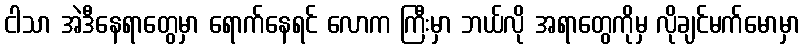
ငါသာ အဲဒီနေရာတွေမှာ ရောက်နေရင် လောက ကြီးမှာ ဘယ်လို အရာတွေကိုမှ လိုချင်မက်မောမှာ